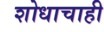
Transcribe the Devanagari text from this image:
शोधाचाही